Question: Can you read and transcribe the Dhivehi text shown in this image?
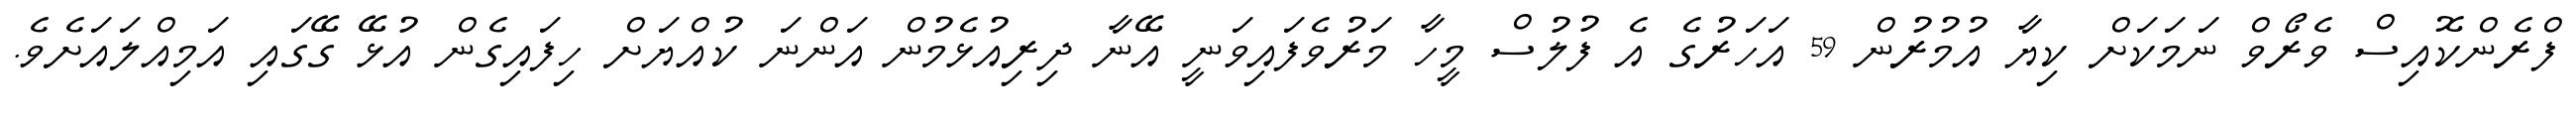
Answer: ފްރެންކޮއިސް ވެރޯވް ނަމަކަށް ކިޔާ އުމުރުން 59 އަހަރުގެ އެ ފުލުސް މީހާ މަރުވެފައިވަނީ އޭނާ ދިރިއުޅެމުން އަންނަ ކުއްޔަށް ހިފައިގެން އުޅޭ ގޭގައި އަމިއްލައަށެވެ.